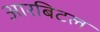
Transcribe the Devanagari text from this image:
आरबिटल